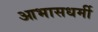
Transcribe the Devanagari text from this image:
आभासधर्मी